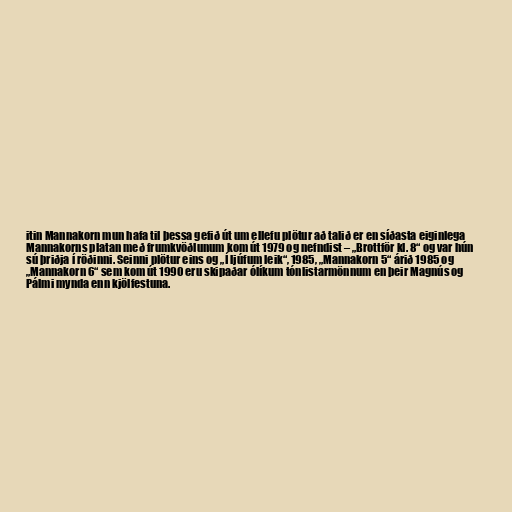
itin Mannakorn mun hafa til þessa gefið út um ellefu plötur að talið er en síðasta eiginlega
Mannakorns platan með frumkvöðlunum kom út 1979 og nefndist – „Brottför kl. 8“ og var hún
sú þriðja í röðinni. Seinni plötur eins og „Í ljúfum leik“, 1985, „Mannakorn 5“ árið 1985 og
„Mannakorn 6“ sem kom út 1990 eru skipaðar ólíkum tónlistarmönnum en þeir Magnús og
Pálmi mynda enn kjölfestuna.